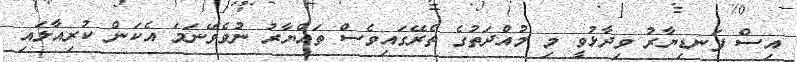
އިސް ފަނޑިޔާރު ވިދާޅުވީ މި މުއްދަތުގެ ތެރޭގައިވެސް ތައްޔާރު ނުވެވޭނަމަ އެކަން ކުރިއާލައި